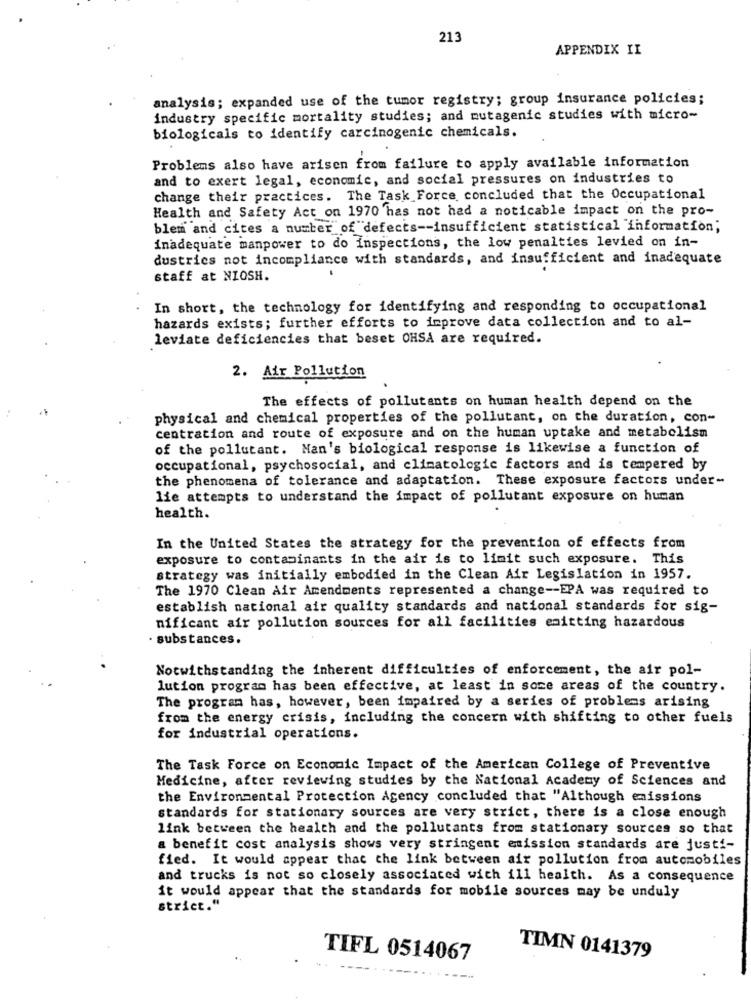
213
APPENDIX II
analysis; expanded use of the tumor registry; group insurance policies;
industry specific mortality studies; and mutagenic studies with micro-
biologicals to identify carcinogenic chemicals.
Problems also have arisen from failure to apply available information
and to exert legal, economic, and social pressures on industries to
change their practices. The Task Force concluded that the Occupational
Health and Safety Act on 1970 has not had a noticable impact on the pro-
blem and cites a number of defects -- insufficient statistical information;
inadequate manpower to do inspections, the low penalties levied on in-
dustries not incompliance with standards, and insufficient and inadequate
staff at NIOSH.
In short, the technology for identifying and responding to occupational
hazards exists; further efforts to improve data collection and to al-
leviate deficiencies that beset OHSA are required.
2. Air Pollution
The effects of pollutants on human health depend on the
physical and chemical properties of the pollutant, on the duration, con-
centration and route of exposure and on the human uptake and metabolism
of the pollutant. Man's biological response is likewise a function of
occupational, psychosocial, and climatologic factors and is tempered by
the phenomena of tolerance and adaptation. These exposure factors under-
lie attempts to understand the impact of pollutant exposure on human
health.
In the United States the strategy for the prevention of effects from
exposure to contaminants in the air is to limit such exposure. This
strategy was initially embodied in the Clean Air Legislation in 1957.
The 1970 Clean Air Amendments represented a change -- EPA was required to
establish national air quality standards and national standards for sig-
nificant air pollution sources for all facilities emitting hazardous
substances.
Notwithstanding the inherent difficulties of enforcement, the air pol-
lution program has been effective, at least in some areas of the country.
The program has, however, been impaired by a series of problems arising
from the energy crisis, including the concern with shifting to other fuels
for industrial operations.
The Task Force on Economic Impact of the American College of Preventive
Medicine, after reviewing studies by the National Academy of Sciences and
the Environmental Protection Agency concluded that "Although emissions
standards for stationary sources are very strict, there is a close enough
link between the health and the pollutants from stationary sources so that
a benefit cost analysis shows very stringent emission standards are justi-
fied. It would appear that the link between air pollution from automobiles
and trucks is not so closely associated with ill health. As a consequence
it would appear that the standards for mobile sources may be unduly
strict."
TIFL 0514067
TIMN 0141379